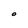
Character: O